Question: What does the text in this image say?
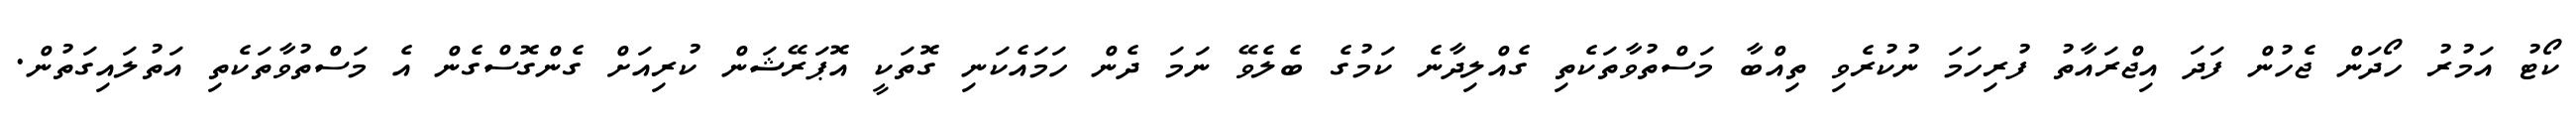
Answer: ކޯޓު އަމުރު ހޯދަން ޖެހުން ފަދަ އިޖްރައާތު ފުރިހަމަ ނުކުރެވި ތިއްބާ މަސްތުވާތަކެތި ގެއްލިދާނެ ކަމުގެ ބެލެވޭ ނަމަ ދެން ހަމައެކަނި ގޮތަކީ އޮޕަރޭޝަން ކުރިއަށް ގެންގޮސްގެން އެ މަސްތުވާތަކެތި އަތުލައިގަތުން.